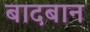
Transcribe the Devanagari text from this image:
बादबान